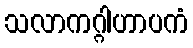
သလာကဂ္ဂါဟာပကံ